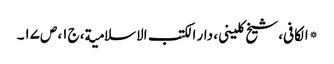
* الکافی، شیخ کلینی، دار الکتب الاسلامیة، ج۱، ص۱۷۔